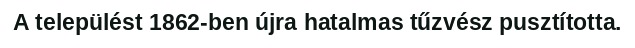
A települést 1862-ben újra hatalmas tűzvész pusztította.